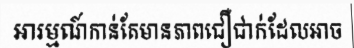
អារម្មណ៍កាន់តែមានភាពជឿជាក់ដែលអាច